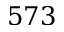
5 7 3